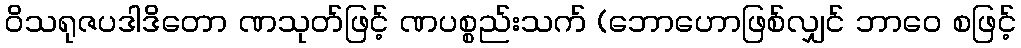
ဝိသရုဇပဒါဒိတော ဏသုတ်ဖြင့် ဏပစ္စည်းသက် (ဘောဟောဖြစ်လျှင် ဘာဝေ စဖြင့်